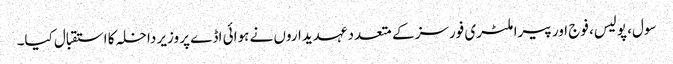
سول، پولیس، فوج اور پیرا ملٹری فورسز کے متعدد عہدیداروں نے ہوائی اڈے پر وزیر داخلہ کا استقبال کیا۔